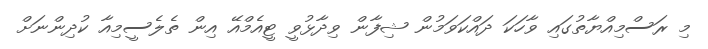
މި ރަސްމިއްޔާތުގައި ވާހަކަ ދައްކަވަމުން ޝިފާން ވިދާޅުވީ ޓީއެމްއޭ އިން ތެލެސީމިއާ ކުދިންނަށް